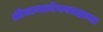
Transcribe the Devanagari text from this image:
श्रीमानप्रमेयपराक्रमः